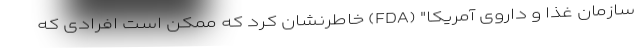
سازمان غذا و داروی آمریکا" (FDA) خاطرنشان کرد که ممکن است افرادی که